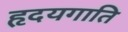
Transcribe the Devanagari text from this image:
हृदयगाति